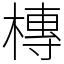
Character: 槫